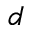
^ { d }